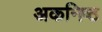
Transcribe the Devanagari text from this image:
अकनिष्ठ